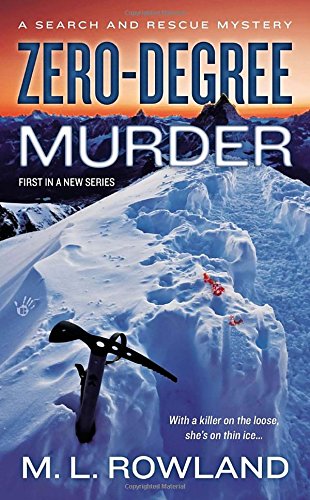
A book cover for Zero-Degree Murder (A Search and Rescue Mystery); M.L. Rowland; Literature & Fiction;